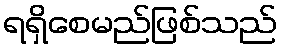
ရရှိစေမည်ဖြစ်သည်